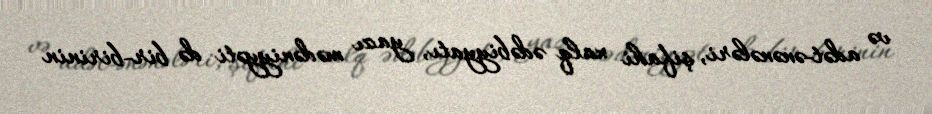
və adət-ənənələri, şifahi xalq ədəbiyyatı, yazı mədəniyyəti də bir-birinin